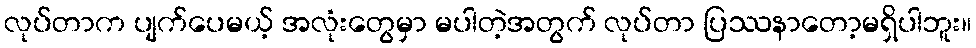
လုပ်တာက ပျက်ပေမယ့် အလုံးတွေမှာ မပါတဲ့အတွက် လုပ်တာ ပြဿနာတော့မရှိပါဘူး။